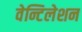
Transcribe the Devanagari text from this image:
वेन्टिलेशन